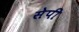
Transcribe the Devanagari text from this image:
सेपी